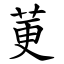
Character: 莄